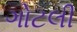
ગોટલી